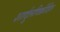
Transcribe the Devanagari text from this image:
शार्दुलविक्रीडित